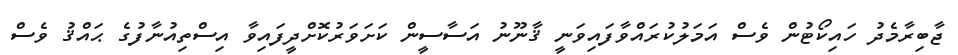
ޖާބިރާމެދު ހައިކޯޓުން ވެސް އަމަލުކުރައްވާފައިވަނީ ޤާނޫނު އަސާސީން ކަށަވަރުކޮށްދީފައިވާ އިސްތިއުނާފުގެ ޙައްޤު ވެސް